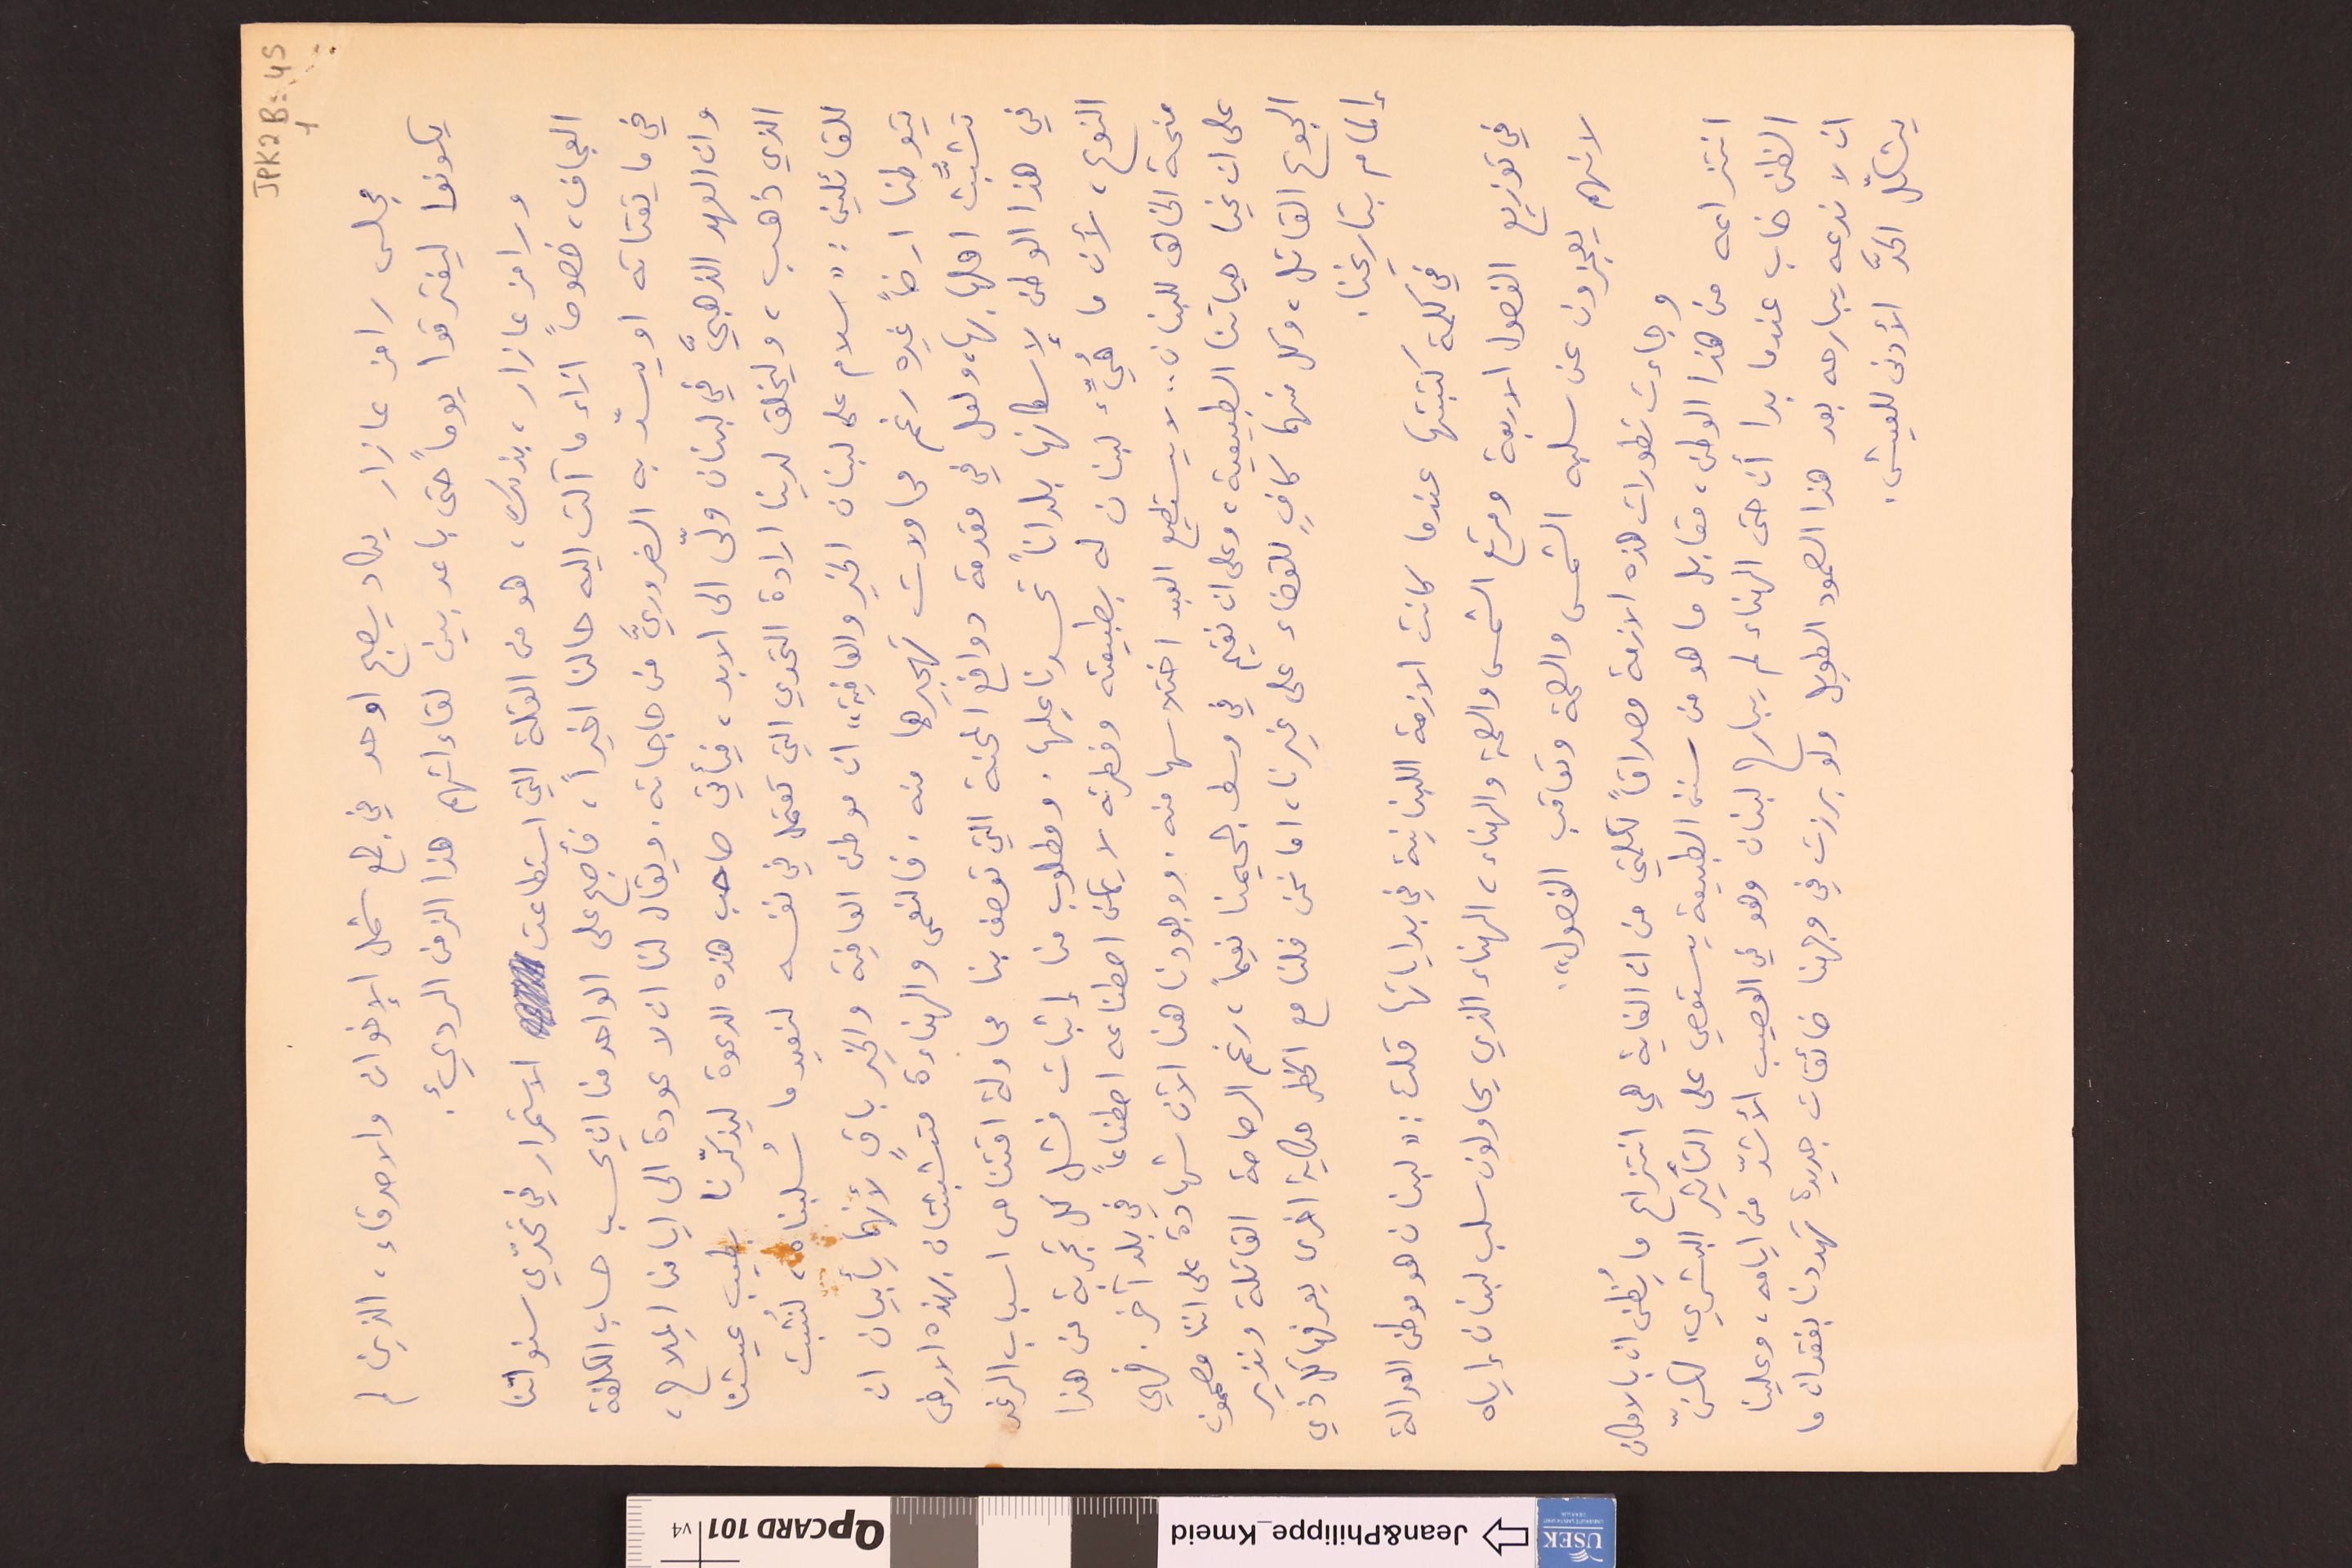
JPK2B-45 	1
مجلس رامز عازار يكاد يصبح اوحد في جمع شمل الإخوان والاصدقاء، الذين لم
يكونوا ليفترقوا يوماً حتى باعد بين لقاءاتهم هذا الزمن الرديء.
ورامز عازار، بذلك، هو من القلة التي استطاعت الاستمرار في تحدّي سنواتنا
العجاف، خصوصاً ازاء ما آلت اليه حالنا اخيراً، فأصبح على الواحد منا ان يحسب حساب الكلفة
في ما يقتاته او يسدّ به الضروريَّ من حاجاته. ويقال لنا ان لا عودة الى ايامنا المِلاح،
وان العهد الذهبيَّ في لبنان ولّى الى الابد، فيأتي صاحب هذه الدعوة ليذكّرنا بطيب عيشنا
الذي ذهب، وليخلق لدينا ارادة التحدي التي تعتمل في نفسه لنعيد ما سُلبناه، لنُثبت
للقائلين : "سلام على لبنان الخير والعافية" ان موطن العافية والخير باقٍ لأنهما يأبيان ان
يتوطنا ارضاً غيره رغم محاولات تهجيرهما منه. فالنعمى والهناءة متشبثتان بهذه الارض
تشبُّث اهلها بها، ولعل في مقدمة دوافع المحنة التي تعصف بنا محاولة اقتناص اسباب الرغد
في هذا الوطن لإسكانها بلداناً تحسدنا عليها. ومطلوب من إثبات فشل كل تجربة من هذا
النوع، لأن ما هُيِّئ لبنان له بطبيعته وفطرته لا يمكن اصطناعه اصطناعاً في بلد آخر. فهي
منحة الخالق للبنان .. لا يستطيع العبد اختلاسها منه. ووجودنا هنا الآن شهادة على اننا مصممون
على ان نحيا حياتنا الطبيعية، وعلى ان نقيم في وسط جحيمنا نعيماً، رغم الرصاصة القاتلة ونذير
الجوع القاتل، وكل منهما كافٍ للقضاء على غيرنا، اما نحن فلنا مع الخطر حكاية اخرى يعرفها كل ذي
إلمام بتاريخنا.
في كلمة كتبتها عندما كانت الازمة اللبنانية في بداياتها قلت : "لبنان هو موطن العدالة
في توزيع الفصول الاربعة ومرتع الشمس والصحة والهناء، الهناء الذي يحاولون سلب لبنان إياه
لانهم يعجزون عن سلبه الشمس والصحة وتعاقب الفصول".
وجاءت تطورات هذه الازمة مصداقاً لكلمتي من ان الغاية هي انتزاع ما يُظن ان بالامكان
انتزاعه من هذا الوطن، مقابل ما هو من سنن الطبيعة يستوحي على التأثير البشري. لكنّ
الظن خاب عندما بدا أن حتى الهناء لم يبارح لبنان وهو في العصيب الأشدّ من ايامه، وعلينا
ان لا ندعه يبارحه بعد هذا الصمود الطويل ولو برزت في وجهنا ضائقات جديدة تهددنا بفقدان ما
يشكّل الحدَّ الأدنى للعيش.